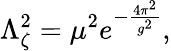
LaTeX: \Lambda_{\zeta}^{2}=\mu^{2}e^{-\frac{4\pi^{2}}{g^{2}}},